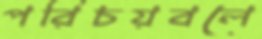
পরিচয়বলে